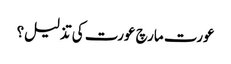
عورت مارچ عورت کی تذلیل؟